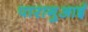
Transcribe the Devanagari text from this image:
पारागुआई